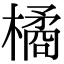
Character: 橘